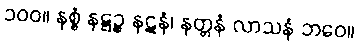
၁၀၀။ နစ္စံ နဋ္ဋဉ္စ နဋနံ၊ နတ္တနံ လာသနံ ဘဝေ။